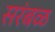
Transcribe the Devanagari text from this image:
सरंबळ